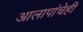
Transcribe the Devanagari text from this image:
आलापांचेही